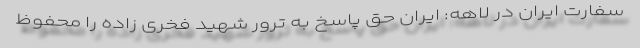
سفارت ایران در لاهه: ایران حق پاسخ به ترور شهید فخری زاده را محفوظ